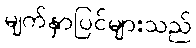
မျက်နှာပြင်များသည်